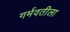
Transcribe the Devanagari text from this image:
गर्मवतीला